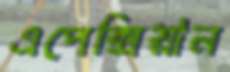
এপেক্সিয়ান